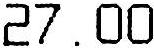
27.00